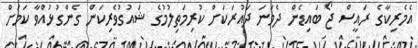
އެމެރިކާގެ ރައީސް ޖޯ ބައިޑެން ދެވަނަ ދައުރަކަށް ކުރިމަތިލުމުގެ ޝައުގުވެރިކަން ގެންގުޅުއްވާ ކަމަށް